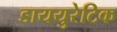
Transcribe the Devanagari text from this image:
डाययुरेटिक